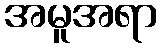
အမူအရာ